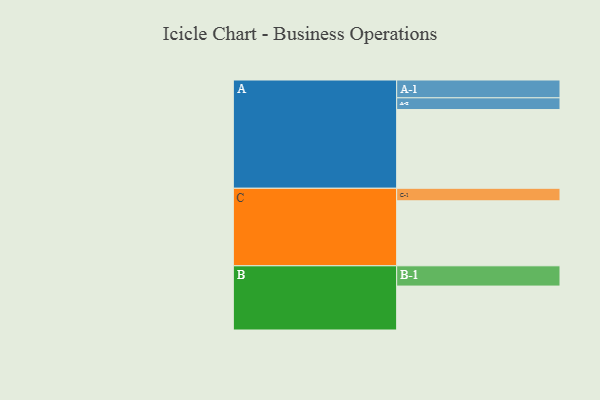
{"axis": {"x": "Segment", "y": "Value"}, "legend": ["", "A", "B", "C"], "data": [{"x": "A", "y": 579, "type": ""}, {"x": "B", "y": 323, "type": ""}, {"x": "C", "y": 478, "type": ""}, {"x": "A-1", "y": 131, "type": "A"}, {"x": "A-2", "y": 86, "type": "A"}, {"x": "B-1", "y": 149, "type": "B"}, {"x": "C-1", "y": 92, "type": "C"}]}